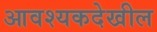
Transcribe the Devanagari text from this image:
आवश्यकदेखील